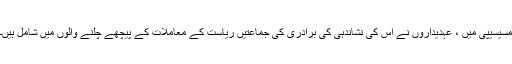
مسیسیپی میں ، عہدیداروں نے اس کی نشاندہی کی برادری کی جماعتیں ریاست کے معاملات کے پیچھے چلنے والوں میں شامل ہیں۔